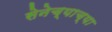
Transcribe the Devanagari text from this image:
सेनेच्याच्या